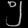
Digit: ၅